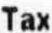
TAX